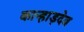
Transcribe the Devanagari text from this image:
कान्हाड़देव